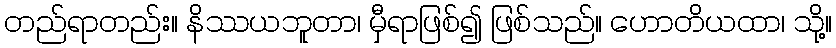
တည်ရာတည်း။ နိဿယဘူတာ၊ မှီရာဖြစ်၍ ဖြစ်သည်။ ဟောတိယထာ၊ သို့။